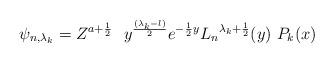
LaTeX: \begin{align*}\psi_{n,{\lambda_k}} = Z^{a +\frac{1}{2}}\,\,\ y^{({\lambda_k} - l) \over 2} e^{-{1\over 2} y} {L_n}^{{\lambda_k} + {1\over 2}} (y) \,\, P_k (x)\end{align*}